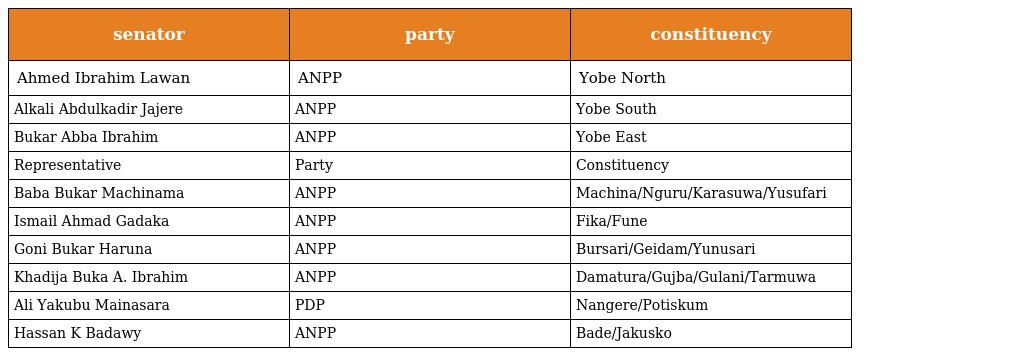
| senator | party | constituency |
 | --- | --- | --- |
 | Ahmed Ibrahim Lawan | ANPP | Yobe North |
 | Alkali Abdulkadir Jajere | ANPP | Yobe South |
 | Bukar Abba Ibrahim | ANPP | Yobe East |
 | Representative | Party | Constituency |
 | Baba Bukar Machinama | ANPP | Machina/Nguru/Karasuwa/Yusufari |
 | Ismail Ahmad Gadaka | ANPP | Fika/Fune |
 | Goni Bukar Haruna | ANPP | Bursari/Geidam/Yunusari |
 | Khadija Buka A. Ibrahim | ANPP | Damatura/Gujba/Gulani/Tarmuwa |
 | Ali Yakubu Mainasara | PDP | Nangere/Potiskum |
 | Hassan K Badawy | ANPP | Bade/Jakusko |